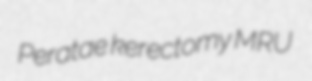
Peratae kerectomy MRU